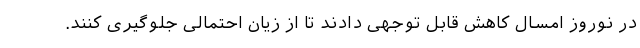
در نوروز امسال کاهش قابل توجهی دادند تا از زیان احتمالی جلوگیری کنند.